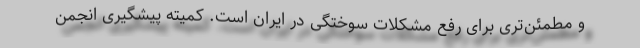
و مطمئن‌تری برای رفع مشکلات سوختگی در ایران است. کمیته پیشگیری انجمن